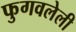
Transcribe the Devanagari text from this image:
फुगवलेली